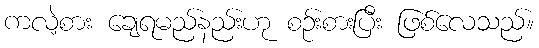
ကလဲ့စား ချေရမည်နည်းဟု စဉ်းစားပြီး ဖြစ်လေသည်။